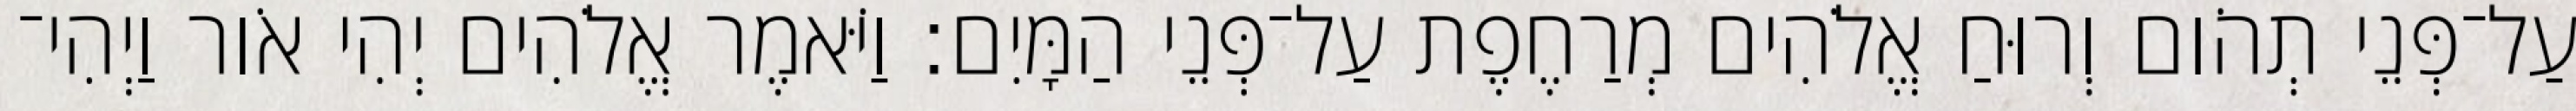
עַל־פְּנֵי תְהֹום וְרוּחַ אֱלֹהִים מְרַחֶפֶת עַל־פְּנֵי הַמָּיִם׃ וַיֹּאמֶר אֱלֹהִים יְהִי אֹור וַיְהִי־